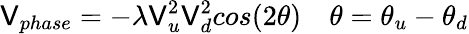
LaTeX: \mathsf{V}_{phase}=-\lambda\mathsf{V}_{u}^{2}\mathsf{V}_{d}^{2}cos(2\theta)\quad\theta=\theta_{u}-\theta_{d}